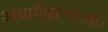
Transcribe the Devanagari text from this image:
आचार्यकुलवासी।